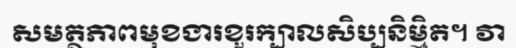
សមត្ថភាពមុខងារខួរក្បាលសិប្បនិម្មិត។ វា